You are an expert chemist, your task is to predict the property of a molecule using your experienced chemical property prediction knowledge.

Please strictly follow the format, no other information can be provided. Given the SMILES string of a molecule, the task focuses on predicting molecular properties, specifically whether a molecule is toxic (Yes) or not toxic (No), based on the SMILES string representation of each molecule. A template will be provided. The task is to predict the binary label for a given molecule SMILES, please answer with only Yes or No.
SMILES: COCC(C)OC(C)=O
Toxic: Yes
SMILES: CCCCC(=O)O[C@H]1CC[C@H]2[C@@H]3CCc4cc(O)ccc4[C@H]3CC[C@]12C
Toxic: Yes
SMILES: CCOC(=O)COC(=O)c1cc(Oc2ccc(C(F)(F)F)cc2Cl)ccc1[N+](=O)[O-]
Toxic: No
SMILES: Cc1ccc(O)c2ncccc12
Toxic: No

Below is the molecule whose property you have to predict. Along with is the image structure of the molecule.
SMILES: [NH3+]O.[NH3+]O
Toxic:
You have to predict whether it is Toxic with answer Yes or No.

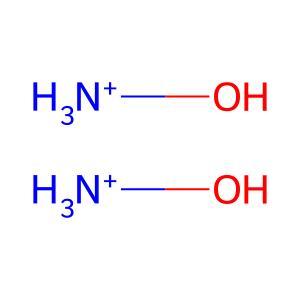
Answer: No